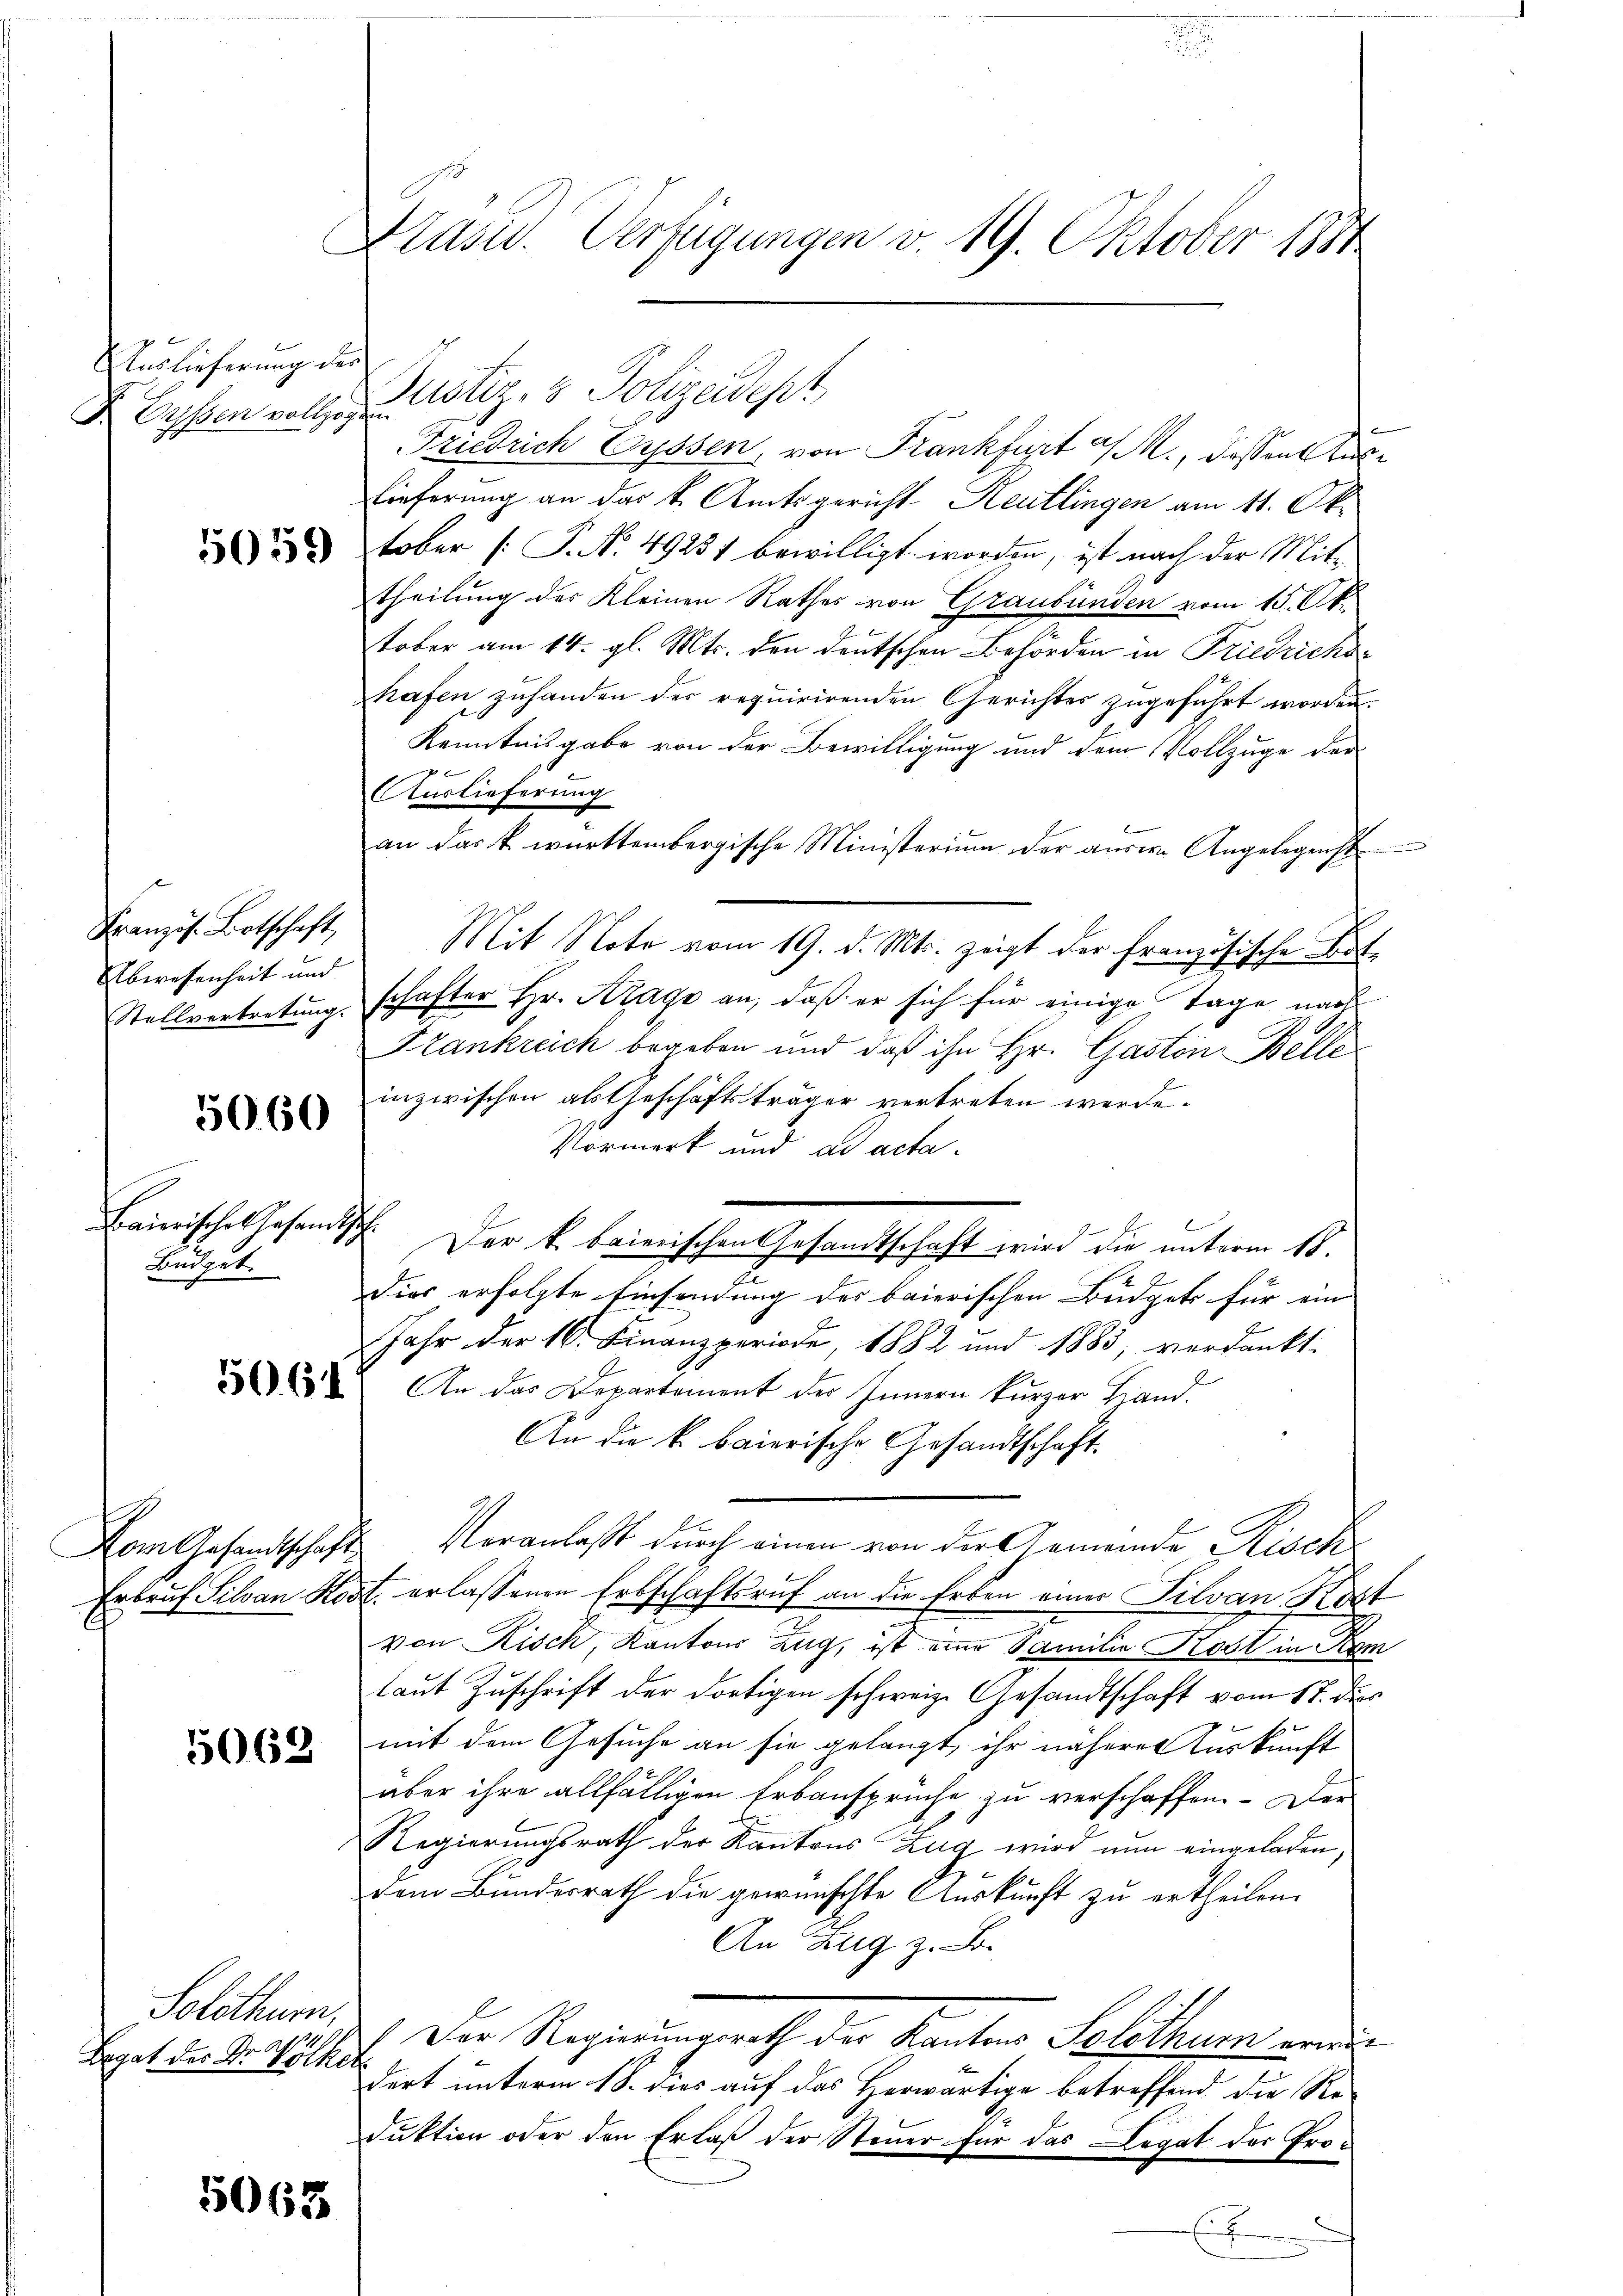
Auslieferung des
K Byssen vollzogen

5059

Französ. Botschaft,
Abwesenheit und

50. 60

Budget.

Vom Gesandtschaft

5062

Solothurn,
B
Begab der Dr. Völke

5063

Prasis. Verfügungen v. 19. Oktober 1884

Justiz- & Polizeidest
Friedrich Eyssen, von Frankfurt a/M., dessen Auslieferung an das k. Amtsgericht Heutlingen am 11. Oktober [P.N. 49251 bewilligt worden, ist nach der Mittheilung des Kleinen Rathes von Graubünden vom 15. Okt
tober am 14. gl. Mts. den deutschen Behörden in Friedrichshafen zuhanden der requirirenden Gerichtes zugeführt worden.
Kenntnisgabe von der Bewilligung und dem Vollzuge der
Auslieferung
an das k. württembergische Ministerium der aŭsw. Angelegenst
Mit Noto vom 19. d. Mts. zeigt der Französische Bit¬
Stellvertretung schafter Hr. Krage an, daß er sich für einige Tage nach
Krankreich begeben und daß ihn Hr. Gaston Belle
inzwischen als Geschäftsträger vertreten werde.
Vormerk und ad acta.
Baierische Gesandtsch. Der k. baierischen Gesandtschaft wird die unterm 18.
Dies erfolgte Einsendung des baierischen Büdgets für ein
Jahr der 16. Finanzperiode, 1882 und 1883, verdankt.
 An das Departement der Innern kürzer Land.
An die k. baierische Gesandtschaft
Veranlaßt durch einen von der Gemeinde Risch
Erbruf Silvan Kost erlassenen Erbschaftsruf an die Erben einer Silvan Kost
von Risch, Kantons Zug, ist eine Familie Kost in Kom
laut Zuschrift der dortigen schweiz. Gesandtschaft vom 17. dies
mit dem Gesuche an sie gelangt, ihr näherer Auskunft
aber ihre allfälligen Erbansprüche zu verschaffen.- Der
Regierungsrath der Kantons Zug wird nun eingeladen,
dem Bundesrath die gewünschte Auskunft zu ertheilen.
An Zug z. B.
Der Regierungsrath der Kanton Seiterem und
et
dert unterm 18. dies auf das Herwärtige betreffend die Re-
duktion oder den Erlaß der Steuer für das Legat der Pro¬
E